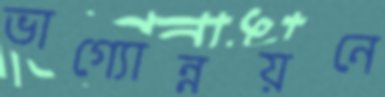
ভাগ্যোন্নয়নে